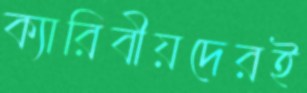
ক্যারিবীয়দেরই